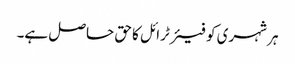
ہر شہری کو فیئر ٹرائل کا حق حاصل ہے۔